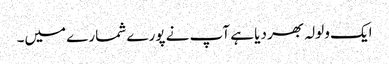
ایک ولولہ بھر دیا ہے آپ نے پورے شمارے میں۔